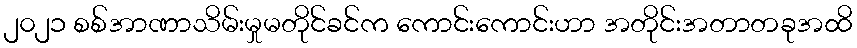
၂၀၂၁ စစ်အာဏာသိမ်းမှုမတိုင်ခင်က ကောင်းကောင်းဟာ အတိုင်းအတာတခုအထိ